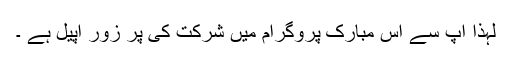
لہذا آپ سے اس مبارک پروگرام میں شرکت کی پر زور اپیل ہے ۔